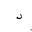
Letter: _dal